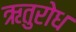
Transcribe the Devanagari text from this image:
ऋतुरोध